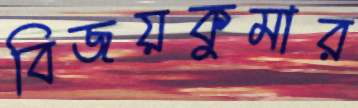
বিজয়কুমার